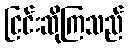
ငြင်းဆိုကြသည်